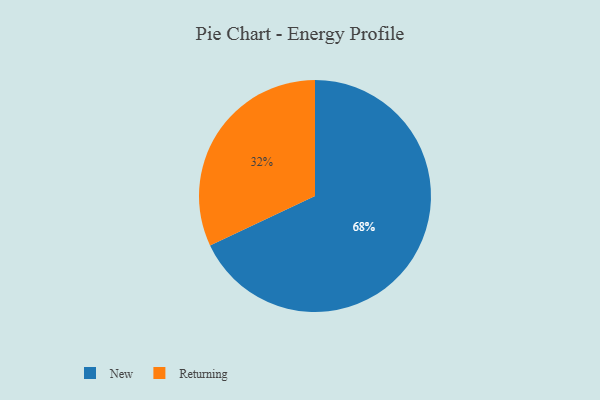
{"axis": {"x": "Category", "y": "Percentage"}, "legend": ["New", "Returning"], "data": [{"x": "Returning", "y": 32, "type": "Returning"}, {"x": "New", "y": 68, "type": "New"}]}